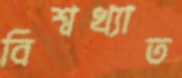
বিশ্বখ্যাত